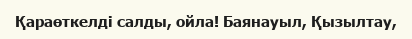
Қараөткелді салды, ойла! Баянауыл, Қызылтау,